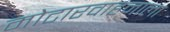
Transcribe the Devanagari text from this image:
मोटारवाहनाला